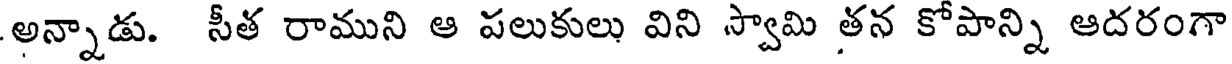
అన్నాడు. సీత రాముని ఆ పలుకులు విని స్వామి తన కోపాన్ని ఆదరంగా